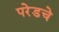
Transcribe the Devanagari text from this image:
परेडचे